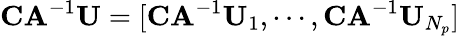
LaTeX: \mathbf{CA}^{-1}\mathbf{U}=[\mathbf{CA}^{-1}\mathbf{U}_{1},\cdots,\mathbf{CA}^{-1}\mathbf{U}_{N_{p}}]